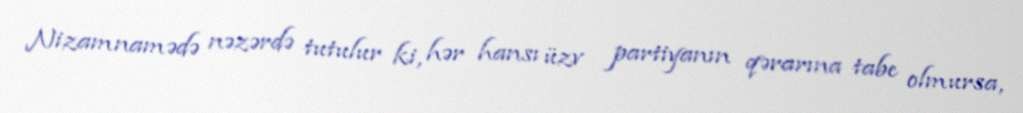
Nizamnamədə nəzərdə tutulur ki, hər hansı üzv partiyanın qərarına tabe olmursa,